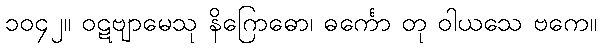
၁၀၄၂။ ဝဋဗျာမေသု နိဂြောဓော၊ ဓင်္ကော တု ဝါယသေ ဗကေ။